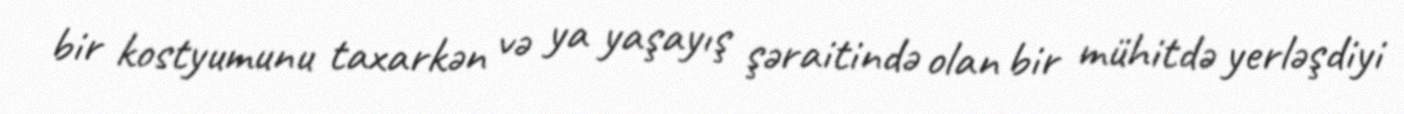
bir kostyumunu taxarkən və ya yaşayış şəraitində olan bir mühitdə yerləşdiyi